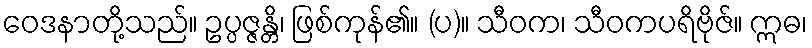
ဝေဒနာတို့သည်။ ဥပ္ပဇ္ဇန္တိ၊ ဖြစ်ကုန်၏။ (ပ)။ သီဝက၊ သီဝကပရိဗိုဇ်။ ဣဓ၊